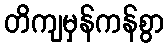
တိကျမှန်ကန်စွာ